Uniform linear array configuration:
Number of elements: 32
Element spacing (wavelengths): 0.5
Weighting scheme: hamming
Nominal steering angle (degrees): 60
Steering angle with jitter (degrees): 59.68
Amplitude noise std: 0.05
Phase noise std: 0.05

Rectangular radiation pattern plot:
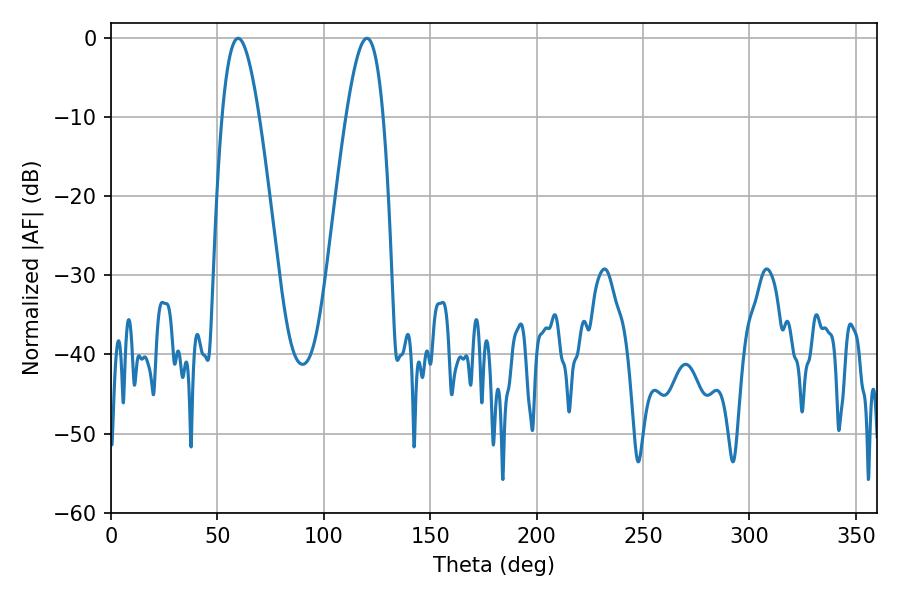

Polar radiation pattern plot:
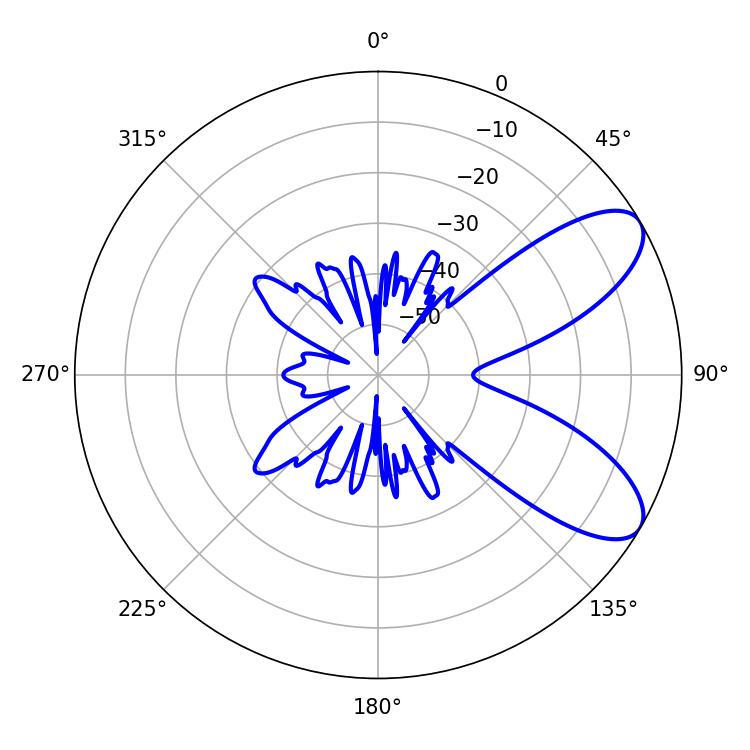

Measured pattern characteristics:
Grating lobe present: FALSE
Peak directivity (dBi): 8.085
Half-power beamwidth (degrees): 9.36
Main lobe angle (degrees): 59.76